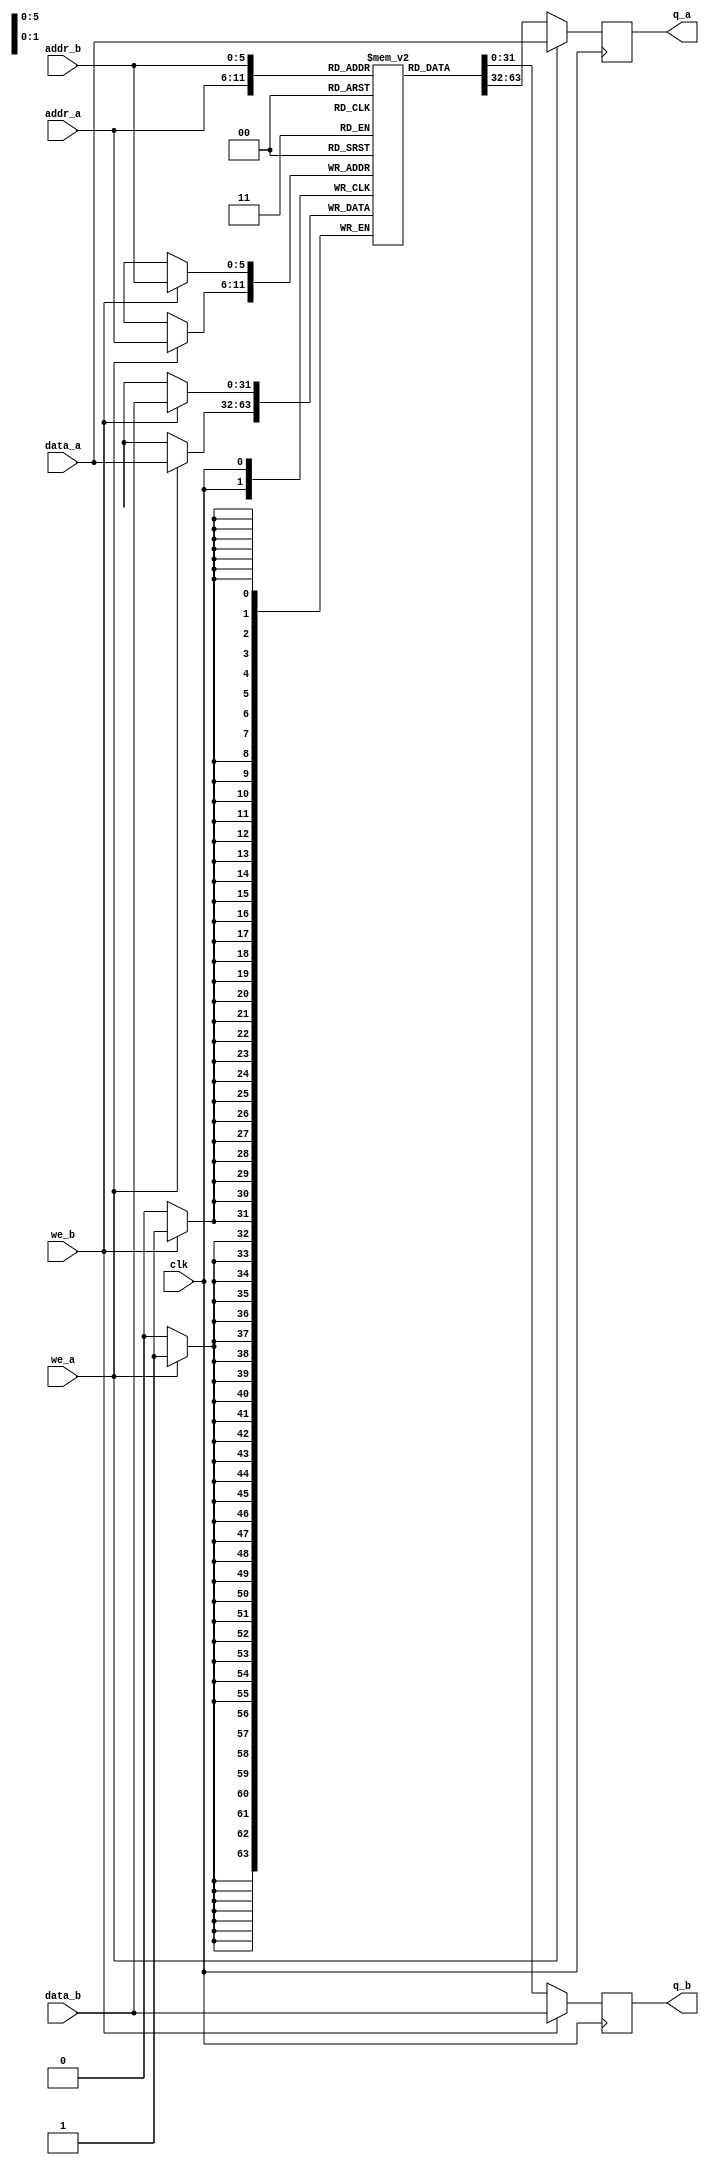
`timescale 1ns / 1ps
`default_nettype none

module dpram_32 (
	input [31:0] data_a, data_b,
	input [5:0]  addr_a, addr_b,
	input we_a, we_b, clk,
	output reg [31:0] q_a, q_b
);

// Declare the RAM variable
reg [31:0] ram [0:63];

// Port A
always @ (posedge clk)
begin
	if (we_a) 
	begin
		ram[addr_a] <= data_a;
		q_a <= data_a;
	end
	else 
	begin
		q_a <= ram[addr_a];
	end
end

// Port B
always @ (posedge clk)
begin
	if (we_b)
	begin
		ram[addr_b] <= data_b;
		q_b <= data_b;
	end
	else
	begin
		q_b <= ram[addr_b];
	end
end
	
endmodule